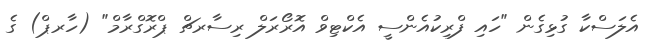
އެލަސްކާ ގުޅިގެން "ހައި ފްރިކުއެންސީ އެކްޓިވް އޮރޯރަލް ރިސާރޗް ޕްރޮގްރާމް" (ހާރޕް) ގެ